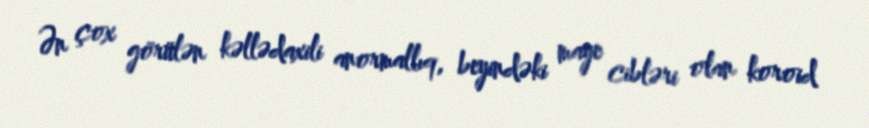
Ən çox görülən kəllədaxili anormallıq, beyindəki maye cibləri olan koroid